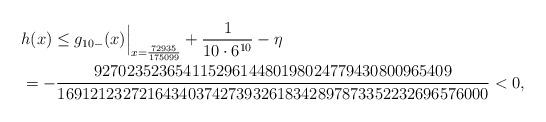
LaTeX: \begin{align*}&h(x)\le g_{10-}(x)\Bigr|_{x=\frac{72935}{175099}} + \frac1{10\cdot 6^{10}}- \eta\\&=-\frac{92702352365411529614480198024779430800965409}{16912123272164340374273932618342897873352232696576000}<0,\end{align*}